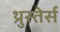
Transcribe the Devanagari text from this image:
थ्रुस्तेर्स